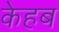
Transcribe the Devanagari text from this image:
केहब